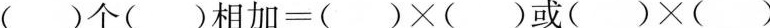
$$( ) 个 ( ) 相 加 = ( ) \times ( )$$或$$( ) \times ( )$$